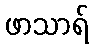
ဖာသာရ်